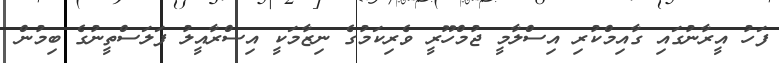
ފަހު އީރާނުގައި ގާއިމްކުރި އިސްލާމީ ޖުމްހޫރީ ވެރިކަމުގެ ނިޒާމަކީ އިސްރާއީލު ފަލަސްތީނުގެ ބިމުން